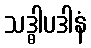
သဒ္ဓါပဒါနံ